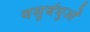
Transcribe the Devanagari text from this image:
वसुबंधुओं